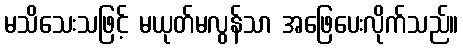
မသိသေးသဖြင့် မယုတ်မလွန်သာ အဖြေပေးလိုက်သည်။